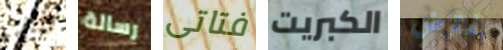
ثيابها رسالة فتاتى الكبريت يفترض